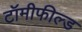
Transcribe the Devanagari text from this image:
टॉमीफील्ड